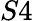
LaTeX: S4